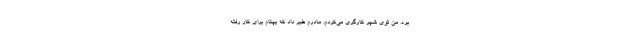
بره. من توي شهر كارگري مي‌كردم. مادرم خبر داد كه بهنام براي كار رفته